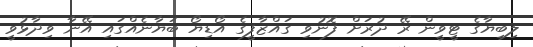
ލިބިޔާގެ ޓީވީން ރޭ ދުރަށް ފޮނުވި ގައްޒާފީގެ އޯޑިޔޯ ބަޔާނެއްގައި އޭނާ ވިދާޅުވީ